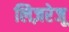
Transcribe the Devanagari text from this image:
लिज़रेजू